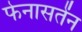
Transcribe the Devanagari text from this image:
फेनासतेंन